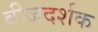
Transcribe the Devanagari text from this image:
बीजदर्शक